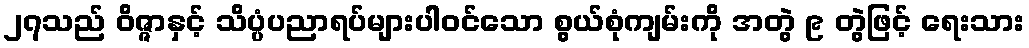
၂၇သည် ဝိဇ္ဇာနှင့် သိပ္ပံပညာရပ်များပါဝင်သော စွယ်စုံကျမ်းကို အတွဲ ၉ တွဲဖြင့် ရေးသား